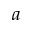
a